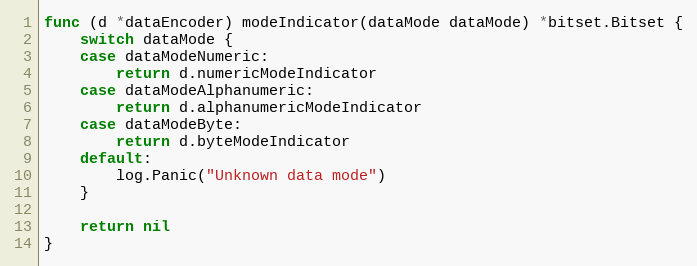
Language: Go
func (d *dataEncoder) modeIndicator(dataMode dataMode) *bitset.Bitset {
	switch dataMode {
	case dataModeNumeric:
		return d.numericModeIndicator
	case dataModeAlphanumeric:
		return d.alphanumericModeIndicator
	case dataModeByte:
		return d.byteModeIndicator
	default:
		log.Panic("Unknown data mode")
	}

	return nil
}